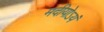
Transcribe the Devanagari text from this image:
मदीयोऽयं